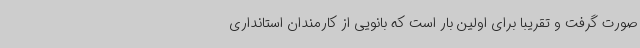
صورت گرفت و تقریبا برای اولین بار است که بانویی از کارمندان استانداری